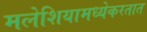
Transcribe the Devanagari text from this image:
मलेशियामध्येकरतात